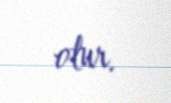
olur.